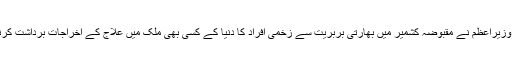
ترجمان نے بتایا کہ وزیراعظم نے مقبوضہ کشمیر میں بھارتی بربریت سے زخمی افراد کا دنیا کے کسی بھی ملک میں علاج کے اخراجات برداشت کرنے کا اعلان کیا ہے۔